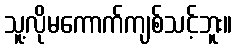
သူ့လိုမကောက်ကျစ်သင့်ဘူး။